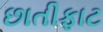
છાતીફાટ